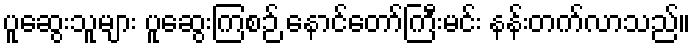
ပူဆွေးသူများ ပူဆွေးကြစဉ် နောင်တော်ကြီးမင်း နန်းတက်လာသည်။